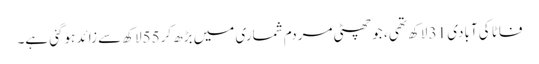
فاٹا کی آبادی 31 لاکھ تھی ، جو چھٹی مردم شماری میں بڑھ کر55لاکھ سے زائد ہوگئی ہے۔